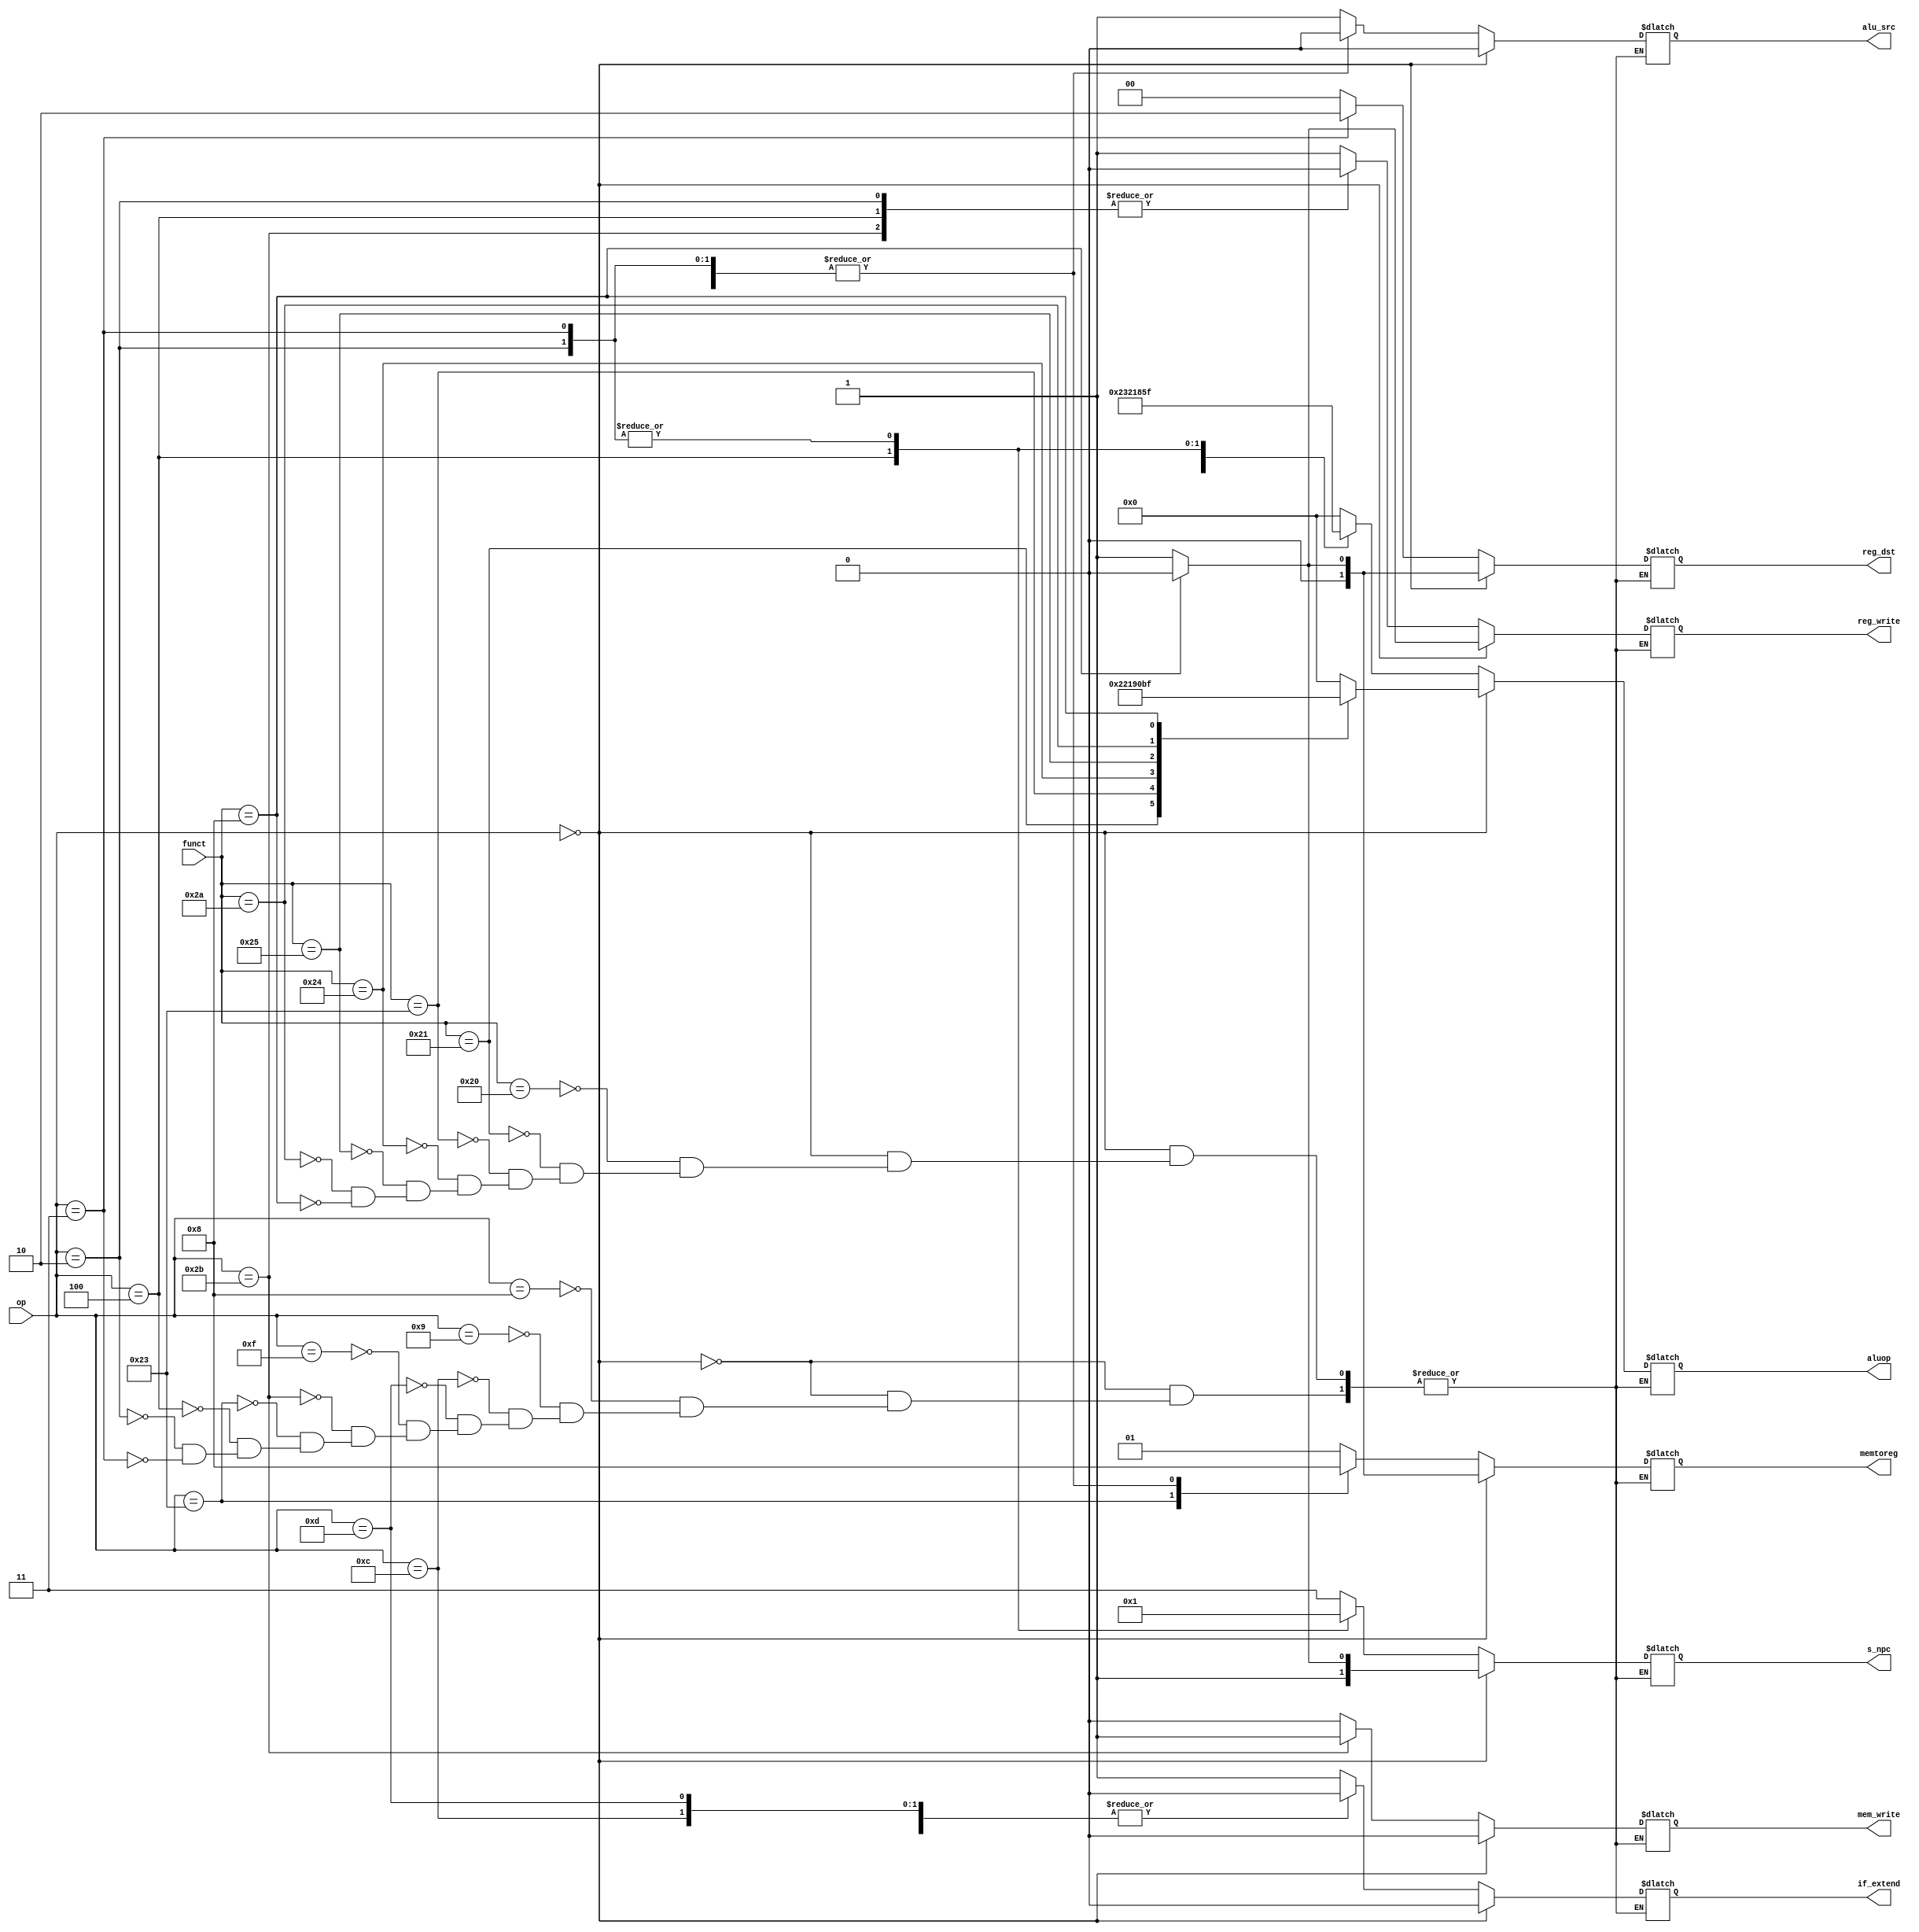
`define add_f	6'b100000
`define addu_f  6'b100001
`define subu_f  6'b100011
`define and_f   6'b100100
`define or_f    6'b100101
`define slt_f   6'b101010
`define jr_f    6'b001000

`define add_op  5'b00000
`define addu_op 5'b00001
`define subu_op 5'b00010
`define and_op  5'b00011
`define or_op   5'b00100
`define slt_op  5'b00101
`define lui_op  5'b00110
`define none    5'b11111


module ctrl(reg_write, 
            aluop, 
            op, 
            funct,
            if_extend,
            alu_src,
            reg_dst,
            mem_write,
            memtoreg, 
            s_npc);

output reg [1:0]memtoreg;
output reg [1:0]reg_dst;
output reg [1:0] s_npc;
output reg [4:0] aluop;
output reg reg_write;
output reg if_extend;
output reg alu_src;
output reg mem_write;

input [5:0] op;
input [5:0] funct;

always @(*) begin
    if(op == 6'b000000)begin
        case(funct)
            `add_f:  {memtoreg, mem_write, reg_write, if_extend, alu_src, reg_dst, s_npc, aluop} = {2'b01, 1'b0, 1'b1, 1'b0, 1'b0, 2'b01, 2'b11,  `add_op};
            `addu_f: {memtoreg, mem_write, reg_write, if_extend, alu_src, reg_dst, s_npc, aluop} = {2'b01, 1'b0, 1'b1, 1'b0, 1'b0, 2'b01, 2'b11,  `addu_op};
            `subu_f: {memtoreg, mem_write, reg_write, if_extend, alu_src, reg_dst, s_npc, aluop} = {2'b01, 1'b0, 1'b1, 1'b0, 1'b0, 2'b01, 2'b11,  `subu_op};
            `and_f:  {memtoreg, mem_write, reg_write, if_extend, alu_src, reg_dst, s_npc, aluop} = {2'b01, 1'b0, 1'b1, 1'b0, 1'b0, 2'b01, 2'b11,  `and_op};
            `or_f:   {memtoreg, mem_write, reg_write, if_extend, alu_src, reg_dst, s_npc, aluop} = {2'b01, 1'b0, 1'b1, 1'b0, 1'b0, 2'b01, 2'b11,  `or_op};
            `slt_f:  {memtoreg, mem_write, reg_write, if_extend, alu_src, reg_dst, s_npc, aluop} = {2'b01, 1'b0, 1'b1, 1'b0, 1'b0, 2'b01, 2'b11,  `slt_op};    
            `jr_f:   {memtoreg, mem_write, reg_write, if_extend, alu_src, reg_dst, s_npc, aluop} = {2'b00, 1'b0, 1'b0, 1'b0, 1'b0, 2'b00, 2'b10,  `none};
        endcase
    end
    else begin
        case(op)
            6'b001000: {memtoreg, mem_write, reg_write, if_extend, alu_src, reg_dst, s_npc, aluop} = {2'b01, 1'b0, 1'b1, 1'b1, 1'b1, 2'b00, 2'b11, `add_op};    // addi
            6'b001001: {memtoreg, mem_write, reg_write, if_extend, alu_src, reg_dst, s_npc, aluop} = {2'b01, 1'b0, 1'b1, 1'b1, 1'b1, 2'b00, 2'b11, `addu_op};   // addiu
            6'b001100: {memtoreg, mem_write, reg_write, if_extend, alu_src, reg_dst, s_npc, aluop} = {2'b01, 1'b0, 1'b1, 1'b0, 1'b1, 2'b00, 2'b11, `and_op};    // andi
            6'b001101: {memtoreg, mem_write, reg_write, if_extend, alu_src, reg_dst, s_npc, aluop} = {2'b01, 1'b0, 1'b1, 1'b0, 1'b1, 2'b00, 2'b11, `or_op};     // ori
            6'b001111: {memtoreg, mem_write, reg_write, if_extend, alu_src, reg_dst, s_npc, aluop} = {2'b01, 1'b0, 1'b1, 1'b1, 1'b1, 2'b00, 2'b11, `lui_op};    // lui
            6'b101011: {memtoreg, mem_write, reg_write, if_extend, alu_src, reg_dst, s_npc, aluop} = {2'b01, 1'b1, 1'b0, 1'b1, 1'b1, 2'b00, 2'b11, `add_op};    // sw
            6'b100011: {memtoreg, mem_write, reg_write, if_extend, alu_src, reg_dst, s_npc, aluop} = {2'b10, 1'b0, 1'b1, 1'b1, 1'b1, 2'b00, 2'b11, `add_op};    // lw
            6'b000100: {memtoreg, mem_write, reg_write, if_extend, alu_src, reg_dst, s_npc, aluop} = {2'b00, 1'b0, 1'b0, 1'b1, 1'b0, 2'b00, 2'b00, `subu_op};   // beq
            6'b000010: {memtoreg, mem_write, reg_write, if_extend, alu_src, reg_dst, s_npc, aluop} = {2'b00, 1'b0, 1'b0, 1'b0, 1'b0, 2'b00, 2'b01, `none};      // j
            6'b000011: {memtoreg, mem_write, reg_write, if_extend, alu_src, reg_dst, s_npc, aluop} = {2'b00, 1'b0, 1'b1, 1'b0, 1'b0, 2'b10, 2'b01, `none};      // jal
        endcase
    end
end
endmodule